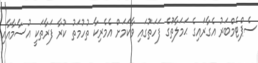
ސެޕްޓެމްބަރު އެގާރައިގެ ޙަމަލާތަުގެ ފަހަތުގައި ވާކަމަށް އެމެރިކާ ތުހުމަތު ކުރާ ފަރާތަކީ އުސާމާއާއި